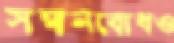
সম্মানবোধও